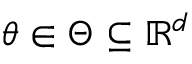
\boldsymbol { \theta } \in \Theta \subseteq \mathbb { R } ^ { d }